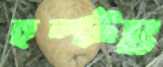
হল্টঃ